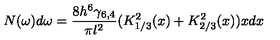
N ( \omega ) d \omega = \frac { 8 h ^ { 6 } \gamma _ { 6 , 4 } } { \pi l ^ { 2 } } ( K _ { 1 / 3 } ^ { 2 } ( x ) + K _ { 2 / 3 } ^ { 2 } ( x ) ) x d x